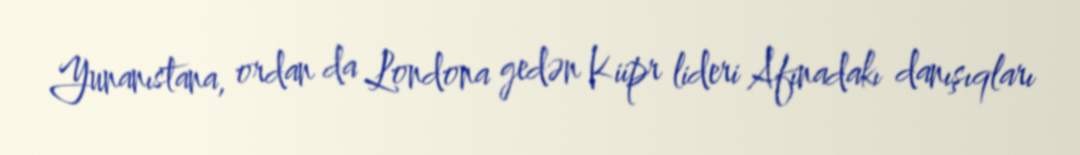
Yunanıstana, ordan da Londona gedən Kiipr lideri Afinadakı danışıqları